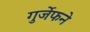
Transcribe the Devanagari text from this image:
गुर्जेफने